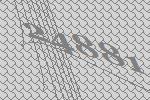
24881